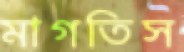
মাগতিস